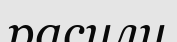
расулу